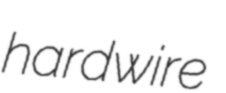
hardwire